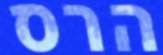
הרס